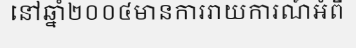
នៅឆ្នាំ២០០៤មានការរាយការណ៍អំពី